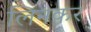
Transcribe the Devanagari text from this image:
लिनकर